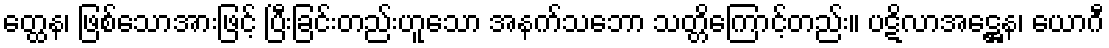
တ္ထေန၊ ဖြစ်သောအားဖြင့် ပြီးခြင်းတည်းဟူသော အနက်သဘော သတ္တိကြောင့်တည်း။ ပဋိလာအဋ္ဌေန၊ ယောဂီ